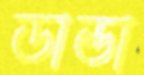
ডান্ডা